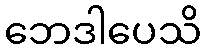
ဘေဒါပေသိ